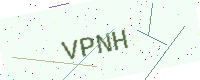
Text: VPNH